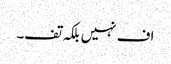
اف نہیں بلکہ تف۔